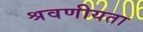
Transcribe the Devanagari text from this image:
श्रवणीयता